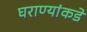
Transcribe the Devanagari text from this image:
घराण्यांकडे